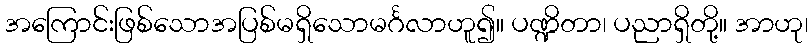
အကြောင်းဖြစ်သောအပြစ်မရှိသောမင်္ဂလာဟူ၍။ ပဏ္ဍိတာ၊ ပညာရှိတို့။ အာဟု၊